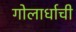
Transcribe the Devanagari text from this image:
गोलार्धाची